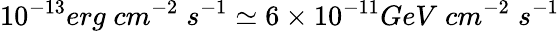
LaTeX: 10^{-13}erg\; cm^{-2}\; s^{-1}\simeq 6\times 10^{-11}GeV\; cm^{-2}\; s^{-1}